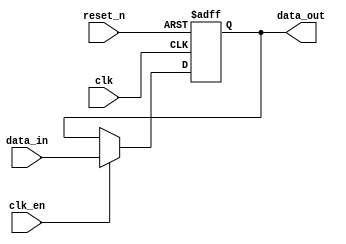
module parameterized_register #(
    parameter WIDTH = 8,              // Parameter for register width
    parameter INITIAL_VALUE = 0       // Parameter for initial value on reset
)(
    input wire clk,                   // Clock input
    input wire reset_n,               // Active low asynchronous reset
    input wire clk_en,                // Clock enable input
    input wire [WIDTH-1:0] data_in,   // Data input
    output reg [WIDTH-1:0] data_out   // Data output
);

    // Behavioral description of the register
    always @(posedge clk or negedge reset_n) begin
        if (!reset_n) begin
            data_out <= INITIAL_VALUE; // Asynchronous reset
        end else if (clk_en) begin
            data_out <= data_in;        // Capture data on clock edge
        end
    end

endmodule